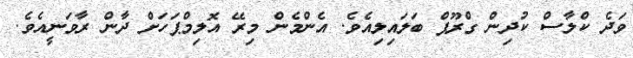
ވަދެ ކްލާސް ކުދިން ގްރޫޕް ބަލައިލިއެވެ. އެންމެން މިރޭ އޮލިމްޕަަހަށް ދާން ރާވަނީއެވެ.